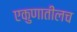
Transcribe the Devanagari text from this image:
एकुणातीलच